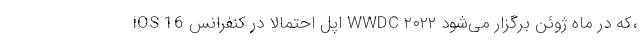
iOS 16 اپل احتمالا در کنفرانس WWDC ۲۰۲۲ که در ماه ژوئن برگزار می‌شود،